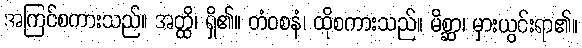
အကြင်စကားသည်။ အတ္ထိ၊ ရှိ၏။ တံဝစနံ၊ ထိုစကားသည်။ မိစ္ဆာ၊ မှားယွင်းရာ၏။